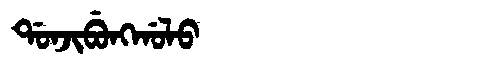
Manchu: ᡩᠣᠨᠵᡳᠪᡠᠩᡤᠣᠯᠣ
Romanization: DONJIBUNGGOLO